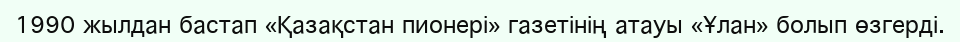
1990 жылдан бастап «Қазақстан пионері» газетінің атауы «Ұлан» болып өзгерді.